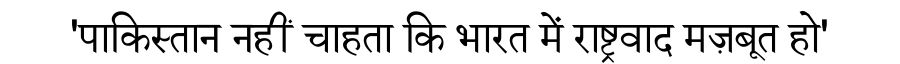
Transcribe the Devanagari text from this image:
'पाकिस्तान नहीं चाहता कि भारत में राष्ट्रवाद मज़बूत हो'